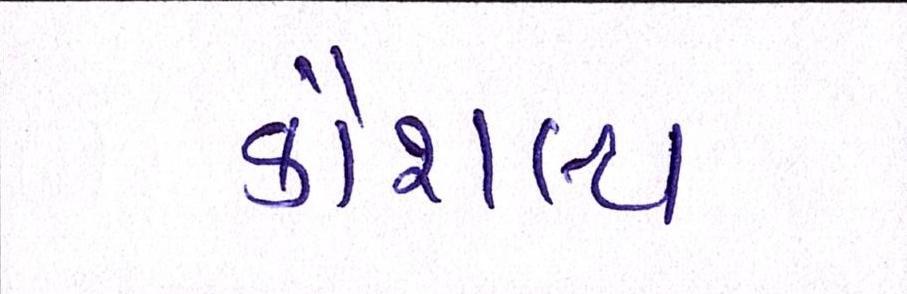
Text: કૌશલ્ય